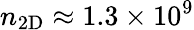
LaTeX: n_{\mathrm{{2D}}}\approx 1.3\times 10^{9}